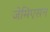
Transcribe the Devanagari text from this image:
जेमिएसन